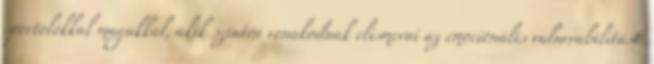
sportolókkal magukkal, akik szintén vonakodnak elismerni az emocionális vulnerabilitást.